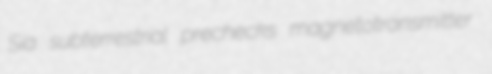
Sia subterrestrial prechecks magnetotransmitter